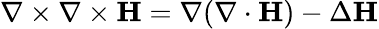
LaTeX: \nabla\times\nabla\times\mathbf{H}=\nabla(\nabla\cdot\mathbf{H})-\Delta\mathbf{H}